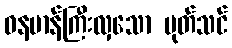
ဓနမာန်ကြီးလှသော ပုတ်သင်